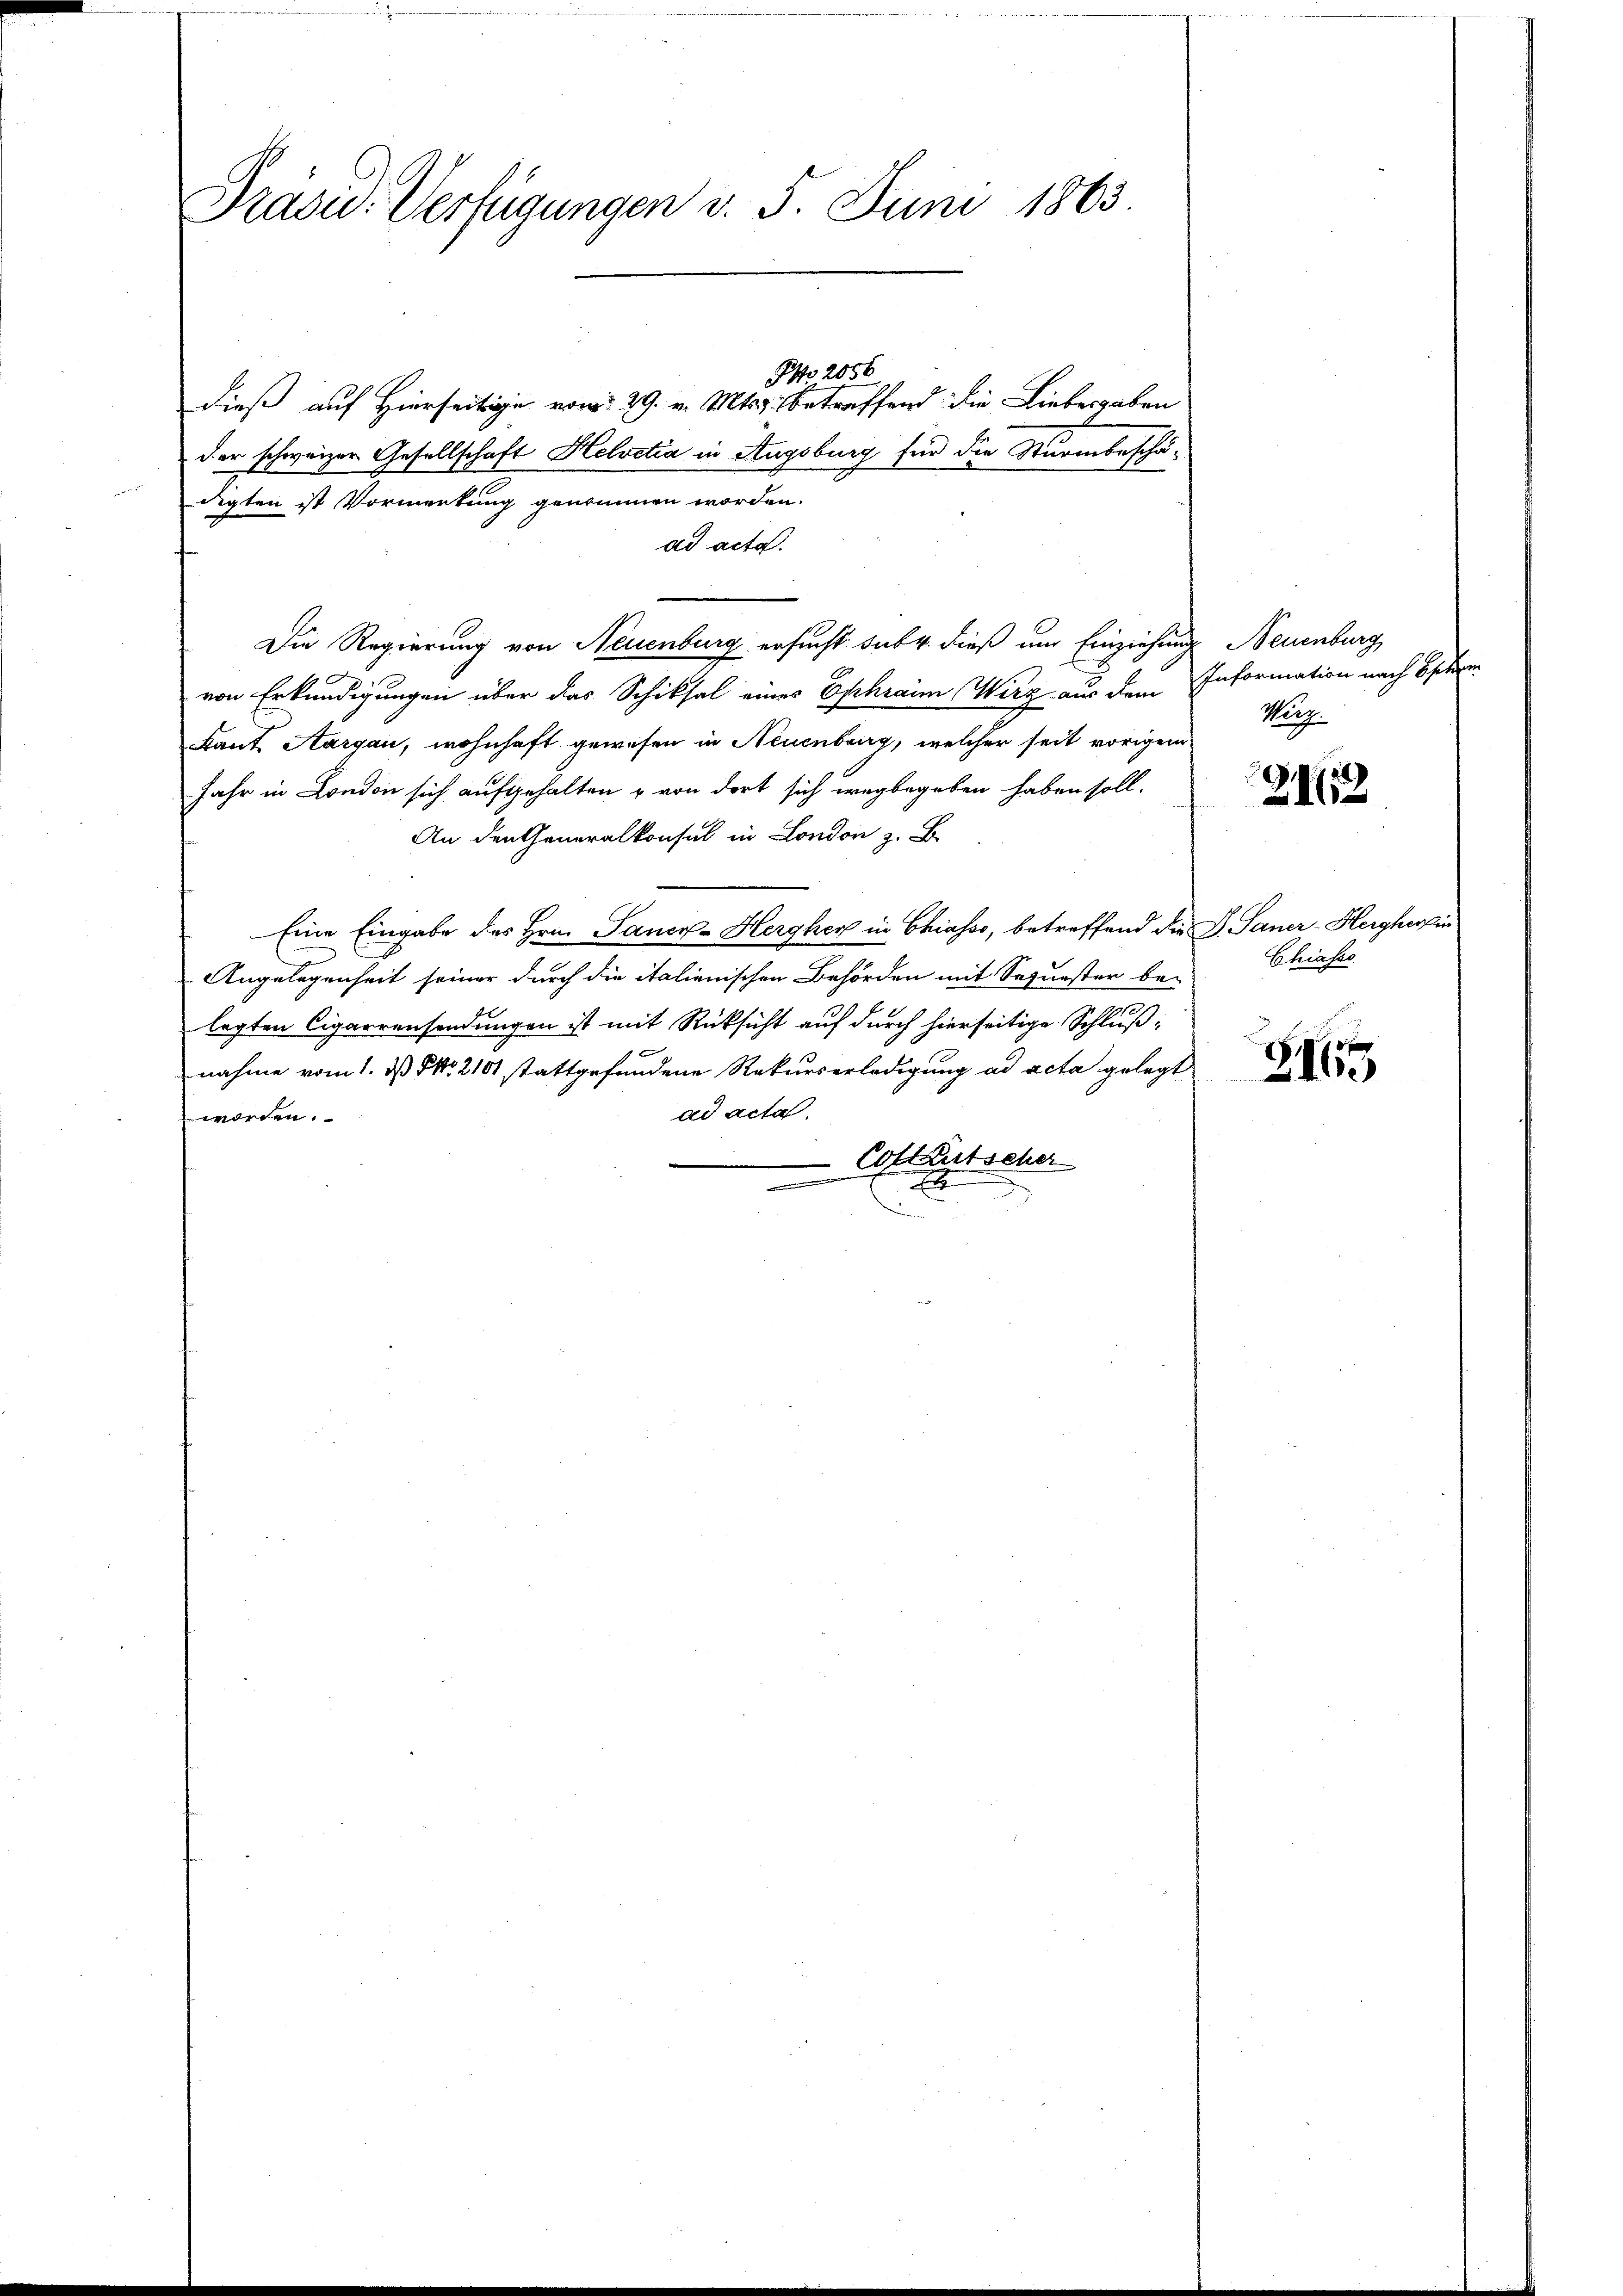
Präsid. Verfügungen v. 5. Juni 1863.

Po 2056.
dieß auf Hierseitige vom 29. v. Mts. betreffend die Liebesgaben
der schweizer Gesellschaft Helvetia in Augsburg für die Sturmbeschädigten ist Vormerkung genommen worden.
ad acta.
Die Regierung von Neuenburg ersucht sub 4. dieß um Einziehung Neuenburg
von Erkundigungen über das Schiksal eines Ephrain Wirz aus dem Information nach Esche
kant. Aargau, wohnhaft gewesen in Neuenburg, welcher seit vorigen
Jahr in London sich aufgehalten u von dort sich wegbegeben haben soll.
An den Generalkonsul in London z. B.
Eine Eingabe des Hrn. Janer-Herghen in Chiasso, betreffend die G. Saner-Hergherfin
Angelegenheit seiner durch die italienischen Behörden mit Sequester be-
legten Cigarrensendungen ist mit Rücksicht auf durch hierseitige Schlußnahme vom 1. ds NNo. 2101 stattgefundene Rekurserledigung ad acta gelegt
ad acta,
worden.
Coltkutscher
e
E

Wurz

9(12

Chiasso

Z16